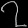
Digit: ၇